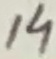
Text: 14